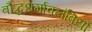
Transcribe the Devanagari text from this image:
बौद्धधर्मावलंबियों